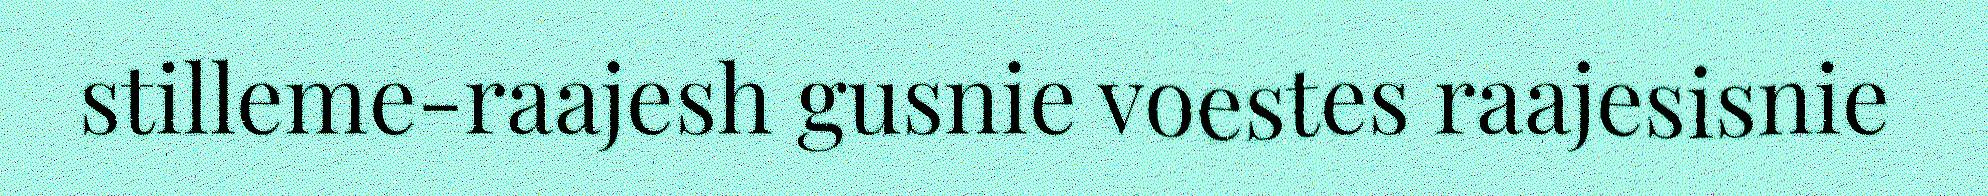
stilleme-raajesh gusnie voestes raajesisnie